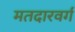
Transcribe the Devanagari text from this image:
मतदारवर्ग